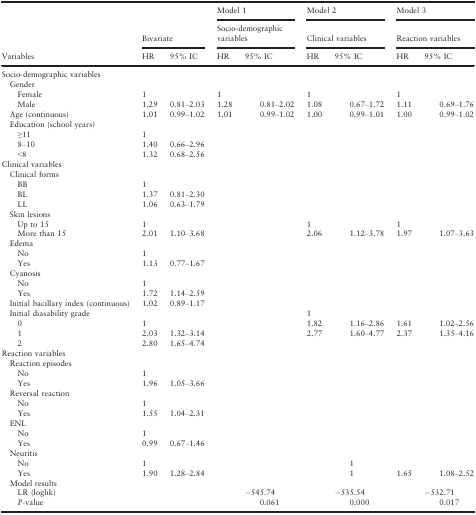
<table><thead><tr><td></td><td></td><td></td><td colspan="2"><b>Model 1</b></td><td colspan="2"><b>Model 2</b></td><td colspan="2"><b>Model 3</b></td></tr><tr><td></td><td colspan="2"><b>Bivariate</b></td><td colspan="2"><b>Socio-demographic variables</b></td><td colspan="2"><b>Clinical variables</b></td><td colspan="2"><b>Reaction variables</b></td></tr><tr><td><b>Variables</b></td><td><b>HR</b></td><td><b>95% IC</b></td><td><b>HR</b></td><td><b>95% IC</b></td><td><b>HR</b></td><td><b>95% IC</b></td><td><b>HR</b></td><td><b>95% IC</b></td></tr></thead><tbody><tr><td colspan="9">Socio-demographic variables</td></tr><tr><td colspan="9"> Gender</td></tr><tr><td>Female</td><td>1</td><td></td><td>1</td><td></td><td>1</td><td></td><td>1</td><td></td></tr><tr><td>Male</td><td>1.29</td><td>0.81–2.03</td><td>1.28</td><td>0.81–2.02</td><td>1.08</td><td>0.67–1.72</td><td>1.11</td><td>0.69–1.76</td></tr><tr><td> Age (continuous)</td><td>1.01</td><td>0.99–1.02</td><td>1.01</td><td>0.99–1.02</td><td>1.00</td><td>0.99–1.01</td><td>1.00</td><td>0.99–1.02</td></tr><tr><td colspan="8"> Education (school years)</td><td></td></tr><tr><td>≥11</td><td>1</td><td></td><td></td><td></td><td></td><td></td><td></td><td></td></tr><tr><td>8–10</td><td>1.40</td><td>0.66–2.96</td><td></td><td></td><td></td><td></td><td></td><td></td></tr><tr><td>&lt;8</td><td>1.32</td><td>0.68–2.56</td><td></td><td></td><td></td><td></td><td></td><td></td></tr><tr><td colspan="8">Clinical variables</td><td></td></tr><tr><td colspan="9"> Clinical forms</td></tr><tr><td>BB</td><td>1</td><td></td><td></td><td></td><td></td><td></td><td></td><td></td></tr><tr><td>BL</td><td>1.37</td><td>0.81–2.30</td><td></td><td></td><td></td><td></td><td></td><td></td></tr><tr><td>LL</td><td>1.06</td><td>0.63–1.79</td><td></td><td></td><td></td><td></td><td></td><td></td></tr><tr><td colspan="8"> Skin lesions</td><td></td></tr><tr><td>Up to 15</td><td>1</td><td></td><td></td><td></td><td>1</td><td></td><td>1</td><td></td></tr><tr><td>More than 15</td><td>2.01</td><td>1.10–3.68</td><td></td><td></td><td>2.06</td><td>1.12–3.78</td><td>1.97</td><td>1.07–3.63</td></tr><tr><td colspan="9"> Edema</td></tr><tr><td>No</td><td>1</td><td></td><td></td><td></td><td></td><td></td><td></td><td></td></tr><tr><td>Yes</td><td>1.13</td><td>0.77–1.67</td><td></td><td></td><td></td><td></td><td></td><td></td></tr><tr><td colspan="8"> Cyanosis</td><td></td></tr><tr><td>No</td><td>1</td><td></td><td></td><td></td><td></td><td></td><td></td><td></td></tr><tr><td>Yes</td><td>1.72</td><td>1.14–2.59</td><td></td><td></td><td></td><td></td><td></td><td></td></tr><tr><td> Initial bacillary index (continuous)</td><td>1.02</td><td>0.89–1.17</td><td></td><td></td><td></td><td></td><td></td><td></td></tr><tr><td colspan="5"> Initial diasability grade</td><td>1</td><td></td><td></td><td></td></tr><tr><td>0</td><td>1</td><td></td><td></td><td></td><td>1.82</td><td>1.16–2.86</td><td>1.61</td><td>1.02–2.56</td></tr><tr><td>1</td><td>2.03</td><td>1.32–3.14</td><td></td><td></td><td>2.77</td><td>1.60–4.77</td><td>2.37</td><td>1.35–4.16</td></tr><tr><td>2</td><td>2.80</td><td>1.65–4.74</td><td></td><td></td><td></td><td></td><td></td><td></td></tr><tr><td colspan="9">Reaction variables</td></tr><tr><td colspan="9"> Reaction episodes</td></tr><tr><td>No</td><td>1</td><td></td><td></td><td></td><td></td><td></td><td></td><td></td></tr><tr><td>Yes</td><td>1.96</td><td>1.05–3.66</td><td></td><td></td><td></td><td></td><td></td><td></td></tr><tr><td colspan="8"> Reversal reaction</td><td></td></tr><tr><td>No</td><td>1</td><td></td><td></td><td></td><td></td><td></td><td></td><td></td></tr><tr><td>Yes</td><td>1.55</td><td>1.04–2.31</td><td></td><td></td><td></td><td></td><td></td><td></td></tr><tr><td colspan="9"> ENL</td></tr><tr><td>No</td><td>1</td><td></td><td></td><td></td><td></td><td></td><td></td><td></td></tr><tr><td>Yes</td><td>0.99</td><td>0.67–1.46</td><td></td><td></td><td></td><td></td><td></td><td></td></tr><tr><td colspan="9"> Neuritis</td></tr><tr><td>No</td><td>1</td><td></td><td></td><td></td><td></td><td>1</td><td></td><td></td></tr><tr><td>Yes</td><td>1.90</td><td>1.28–2.84</td><td></td><td></td><td></td><td>1</td><td>1.65</td><td>1.08–2.52</td></tr><tr><td colspan="9"> Model results</td></tr><tr><td>LR (loglik)</td><td></td><td></td><td></td><td>−545.74</td><td></td><td>−535.54</td><td></td><td>−532.71</td></tr><tr><td><i>P</i>-value</td><td></td><td></td><td></td><td>0.061</td><td></td><td>0.000</td><td></td><td>0.017</td></tr></tbody></table>